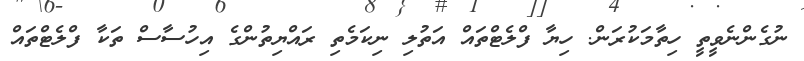
ނުގެންނެވީތީ ހިތާމަކުރަން. ހިޔާ ފްލެޓްތައް އަތުލި ނިކަމެތި ރައްޔިތުންގެ އިހުސާސް ތަކާ ފްލެޓްތައް